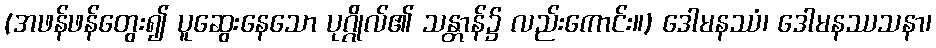
(အဖန်ဖန်တွေး၍ ပူဆွေးနေသော ပုဂ္ဂိုလ်၏ သန္တာန်၌ လည်းကောင်း။) ဒေါမနဿံ၊ ဒေါမနဿသနာ၊